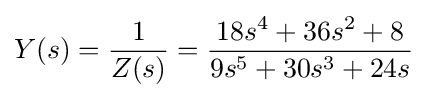
Y(s)={1 \over Z(s)}={\frac {18s^{4}+36s^{2}+8}{9s^{5}+30s^{3}+24s}}